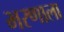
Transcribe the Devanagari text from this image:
भरणाला